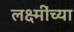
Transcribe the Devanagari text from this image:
लक्ष्मींच्या